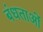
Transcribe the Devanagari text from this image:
बंधताओं